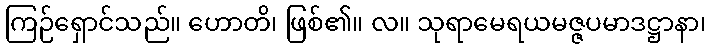
ကြဉ်ရှောင်သည်။ ဟောတိ၊ ဖြစ်၏။ လ။ သုရာမေရယမဇ္ဇပမာဒဋ္ဌာနာ၊